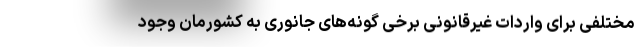
مختلفی برای واردات غیرقانونی برخی گونه‌های جانوری به کشورمان وجود